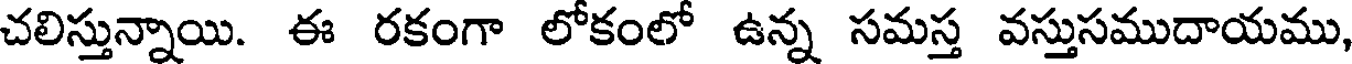
చలిస్తున్నాయి. ఈ రకంగా లోకంలో ఉన్న సమస్త వస్తుసముదాయము,